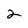
Character: 2